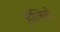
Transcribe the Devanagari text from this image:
हेलिबो